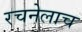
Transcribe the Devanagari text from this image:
रचनेलाच